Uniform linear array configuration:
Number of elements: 64
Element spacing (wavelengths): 0.75
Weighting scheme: blackman
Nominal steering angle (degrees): -45
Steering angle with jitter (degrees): -46.878
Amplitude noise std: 0.05
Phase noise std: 0.05

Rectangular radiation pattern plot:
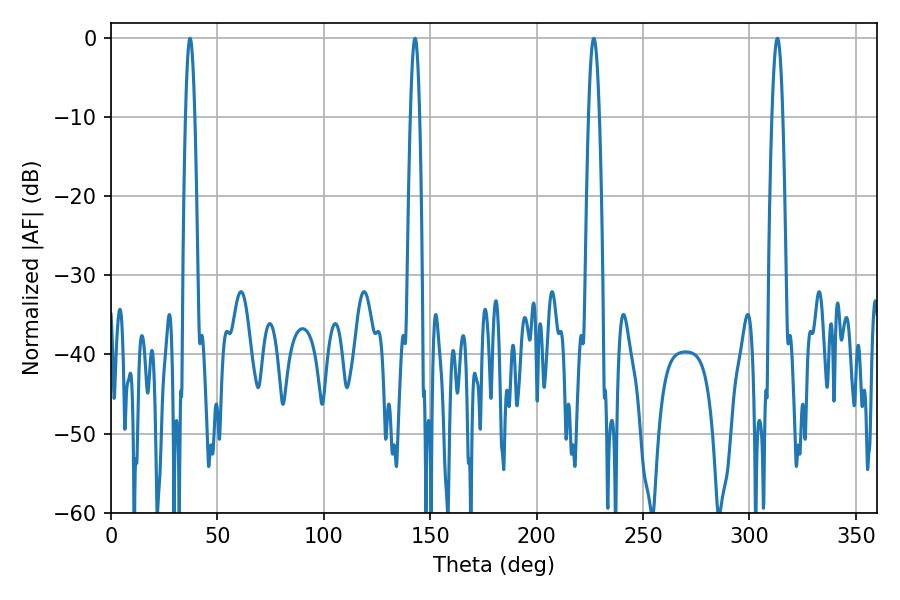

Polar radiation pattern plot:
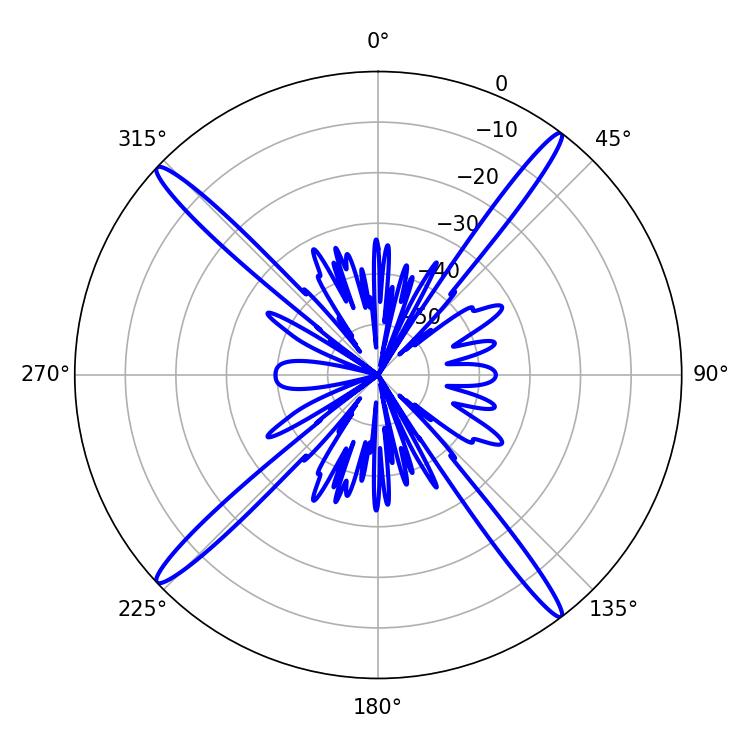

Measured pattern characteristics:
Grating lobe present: TRUE
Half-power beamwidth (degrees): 2.7
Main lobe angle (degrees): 226.8